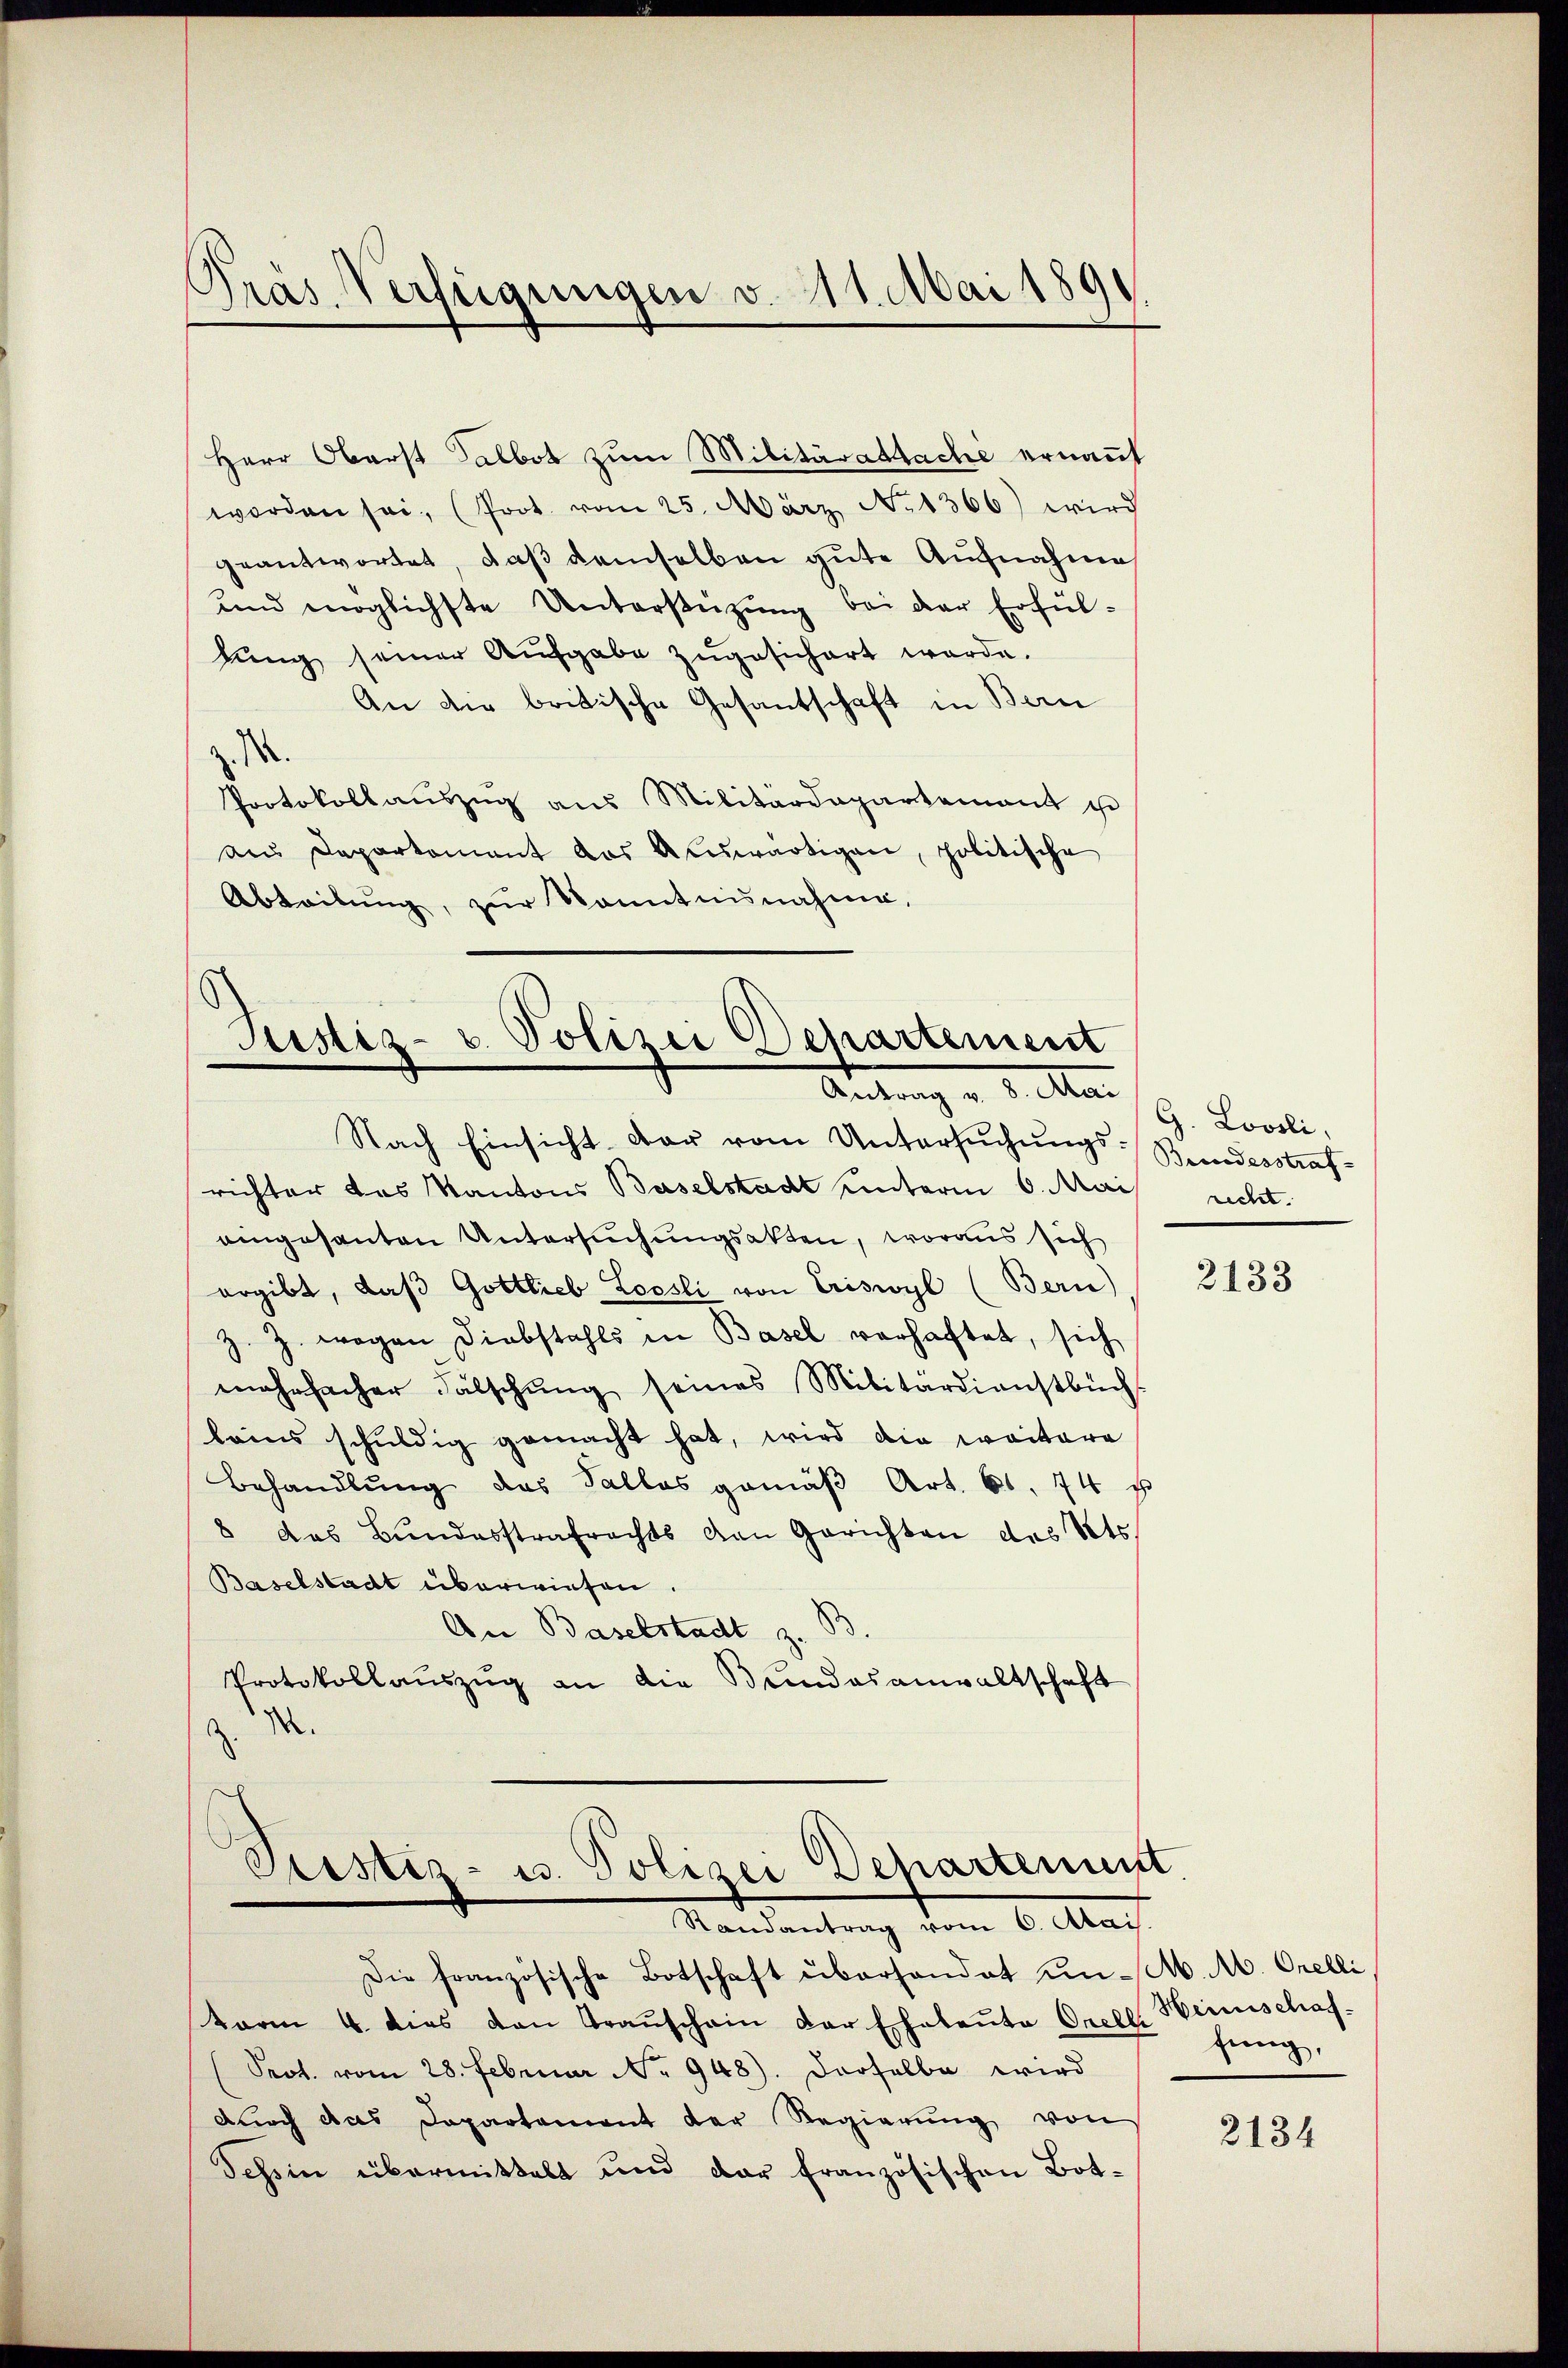
Pras. Verfügungen v. 111. Mai 189

Herr Oberst Salbot zum Militärattache ernannt
worden sei, (Prot. vom 25. März No 1366) wird
geantwortet, daß demselben gute Aufnahme
und möglichste Unterstützung bei der Erfülhung seiner Aufgabe zugesichert werde.
An die britische Gesantschaft in Bern
N
Protokollauszug aus Militärdepartement u
aus Departement das Auswärtigen, politische
Abteilŭng, zŭr Kenntnisnahme,

Justiz- u. Polizei Departement
Antrag d. d. Ma

Nach Einsicht der vom Untersŭchŭngs-Bundesstraf-
richter das Kantons Baselstadt unterm 6. Mai nicht.
eingesanten Untersuchungsakten, woraus sich
ergibt, daβ Gottlieb Loosli von Criswyl (Bern)
Z. Z. wegen Diebstahls in Basel verhaftet, sich
mehrfacher Falschŭng seines Militärdienstbüch
lains schuldig gemacht hat, wird die weitere
Behandlŭng des Falles gemäβ Art. 61. 74 f
8 das Bundesstrafrechts von Gerichten des Kts.
Baselstadt überwiesen.
An Baselstadt z. B
Protokollauszug an die Bundesanwaltschaft
M.

Peistis- u. Polizei Dehartement
Standentrag vom 6. Mai.
Die französische Botschaft überhandet un M. A. Orelli

term 4. dies den Graŭschain der Eheleŭte Orelle Weinschaf-
Prot. vom 28. Februar No. 948). Derselbe wird
durch das Departement der Regierŭng von
Tessin übermittelt und der französischen Bot-

G. Loosli,

2133

fung,

2134